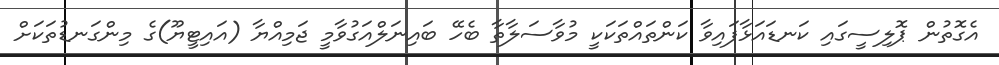
އެގޮތުން ޕޮލިސީގައި ކަނޑައަޅާފައިވާ ކަންތައްތަކަކީ މުވާސަލާތާ ބެހޭ ބައިނަލްއަގުވާމީ ޖަމިއްޔާ (އައިޓީޔޫ)ގެ މިންގަނޑުތަކަށް